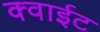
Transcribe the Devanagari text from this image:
क्वाईट